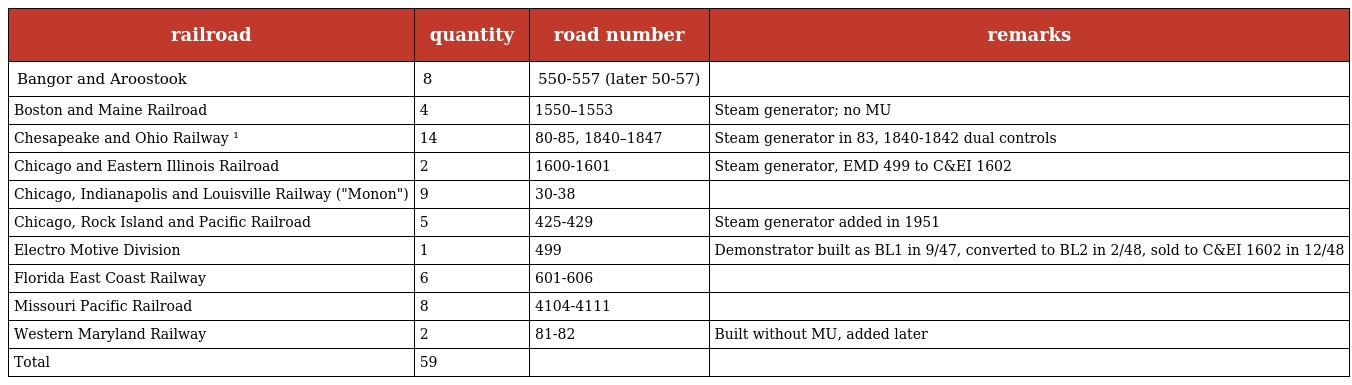
| railroad | quantity | road number | remarks |
 | --- | --- | --- | --- |
 | Bangor and Aroostook | 8 | 550-557 (later 50-57) |  |
 | Boston and Maine Railroad | 4 | 1550–1553 | Steam generator; no MU |
 | Chesapeake and Ohio Railway ¹ | 14 | 80-85, 1840–1847 | Steam generator in 83, 1840-1842 dual controls |
 | Chicago and Eastern Illinois Railroad | 2 | 1600-1601 | Steam generator, EMD 499 to C&EI 1602 |
 | Chicago, Indianapolis and Louisville Railway ("Monon") | 9 | 30-38 |  |
 | Chicago, Rock Island and Pacific Railroad | 5 | 425-429 | Steam generator added in 1951 |
 | Electro Motive Division | 1 | 499 | Demonstrator built as BL1 in 9/47, converted to BL2 in 2/48, sold to C&EI 1602 in 12/48 |
 | Florida East Coast Railway | 6 | 601-606 |  |
 | Missouri Pacific Railroad | 8 | 4104-4111 |  |
 | Western Maryland Railway | 2 | 81-82 | Built without MU, added later |
 | Total | 59 |  |  |